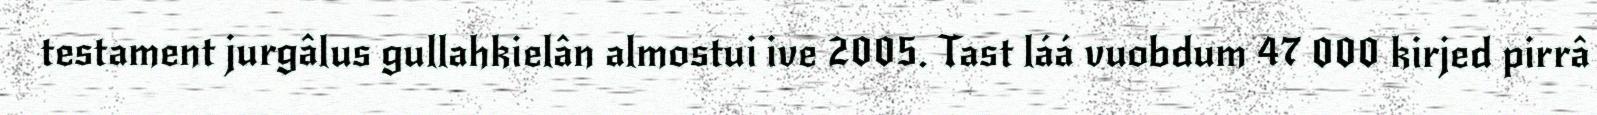
testament jurgâlus gullahkielân almostui ive 2005. Tast láá vuobdum 47 000 kirjed pirrâ